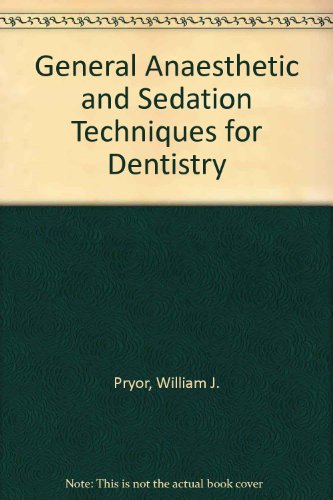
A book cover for General Anaesthetic and Sedation Techniques for Dentistry; William J. Pryor; Medical Books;